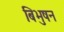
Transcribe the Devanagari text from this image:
बिभुषन